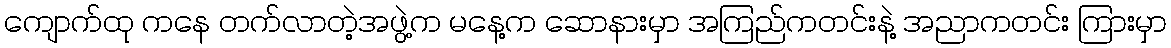
ကျောက်ထု ကနေ တက်လာတဲ့အဖွဲ့က မနေ့က ဆောနားမှာ အကြည်ကတင်းနဲ့ အညာကတင်း ကြားမှာ